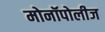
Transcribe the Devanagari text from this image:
मोनॉपोलीज